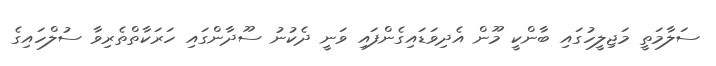
ސަލާމަތީ މަޖިލީހުގައި ބާންކީ މޫން އެދިވަޑައިގެންފައި ވަނީ ދެކުނު ސޫދާންގައި ހަރަކާތްތެރިވާ ސުލްހައިގެ